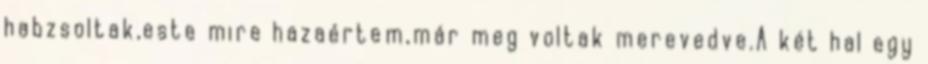
habzsoltak,este mire hazaértem,már meg voltak merevedve.A két hal egy